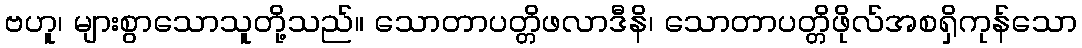
ဗဟူ၊ များစွာသောသူတို့သည်။ သောတာပတ္တိဖလာဒီနိ၊ သောတာပတ္တိဖိုလ်အစရှိကုန်သော